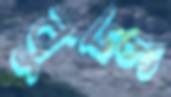
বুদ্ধু